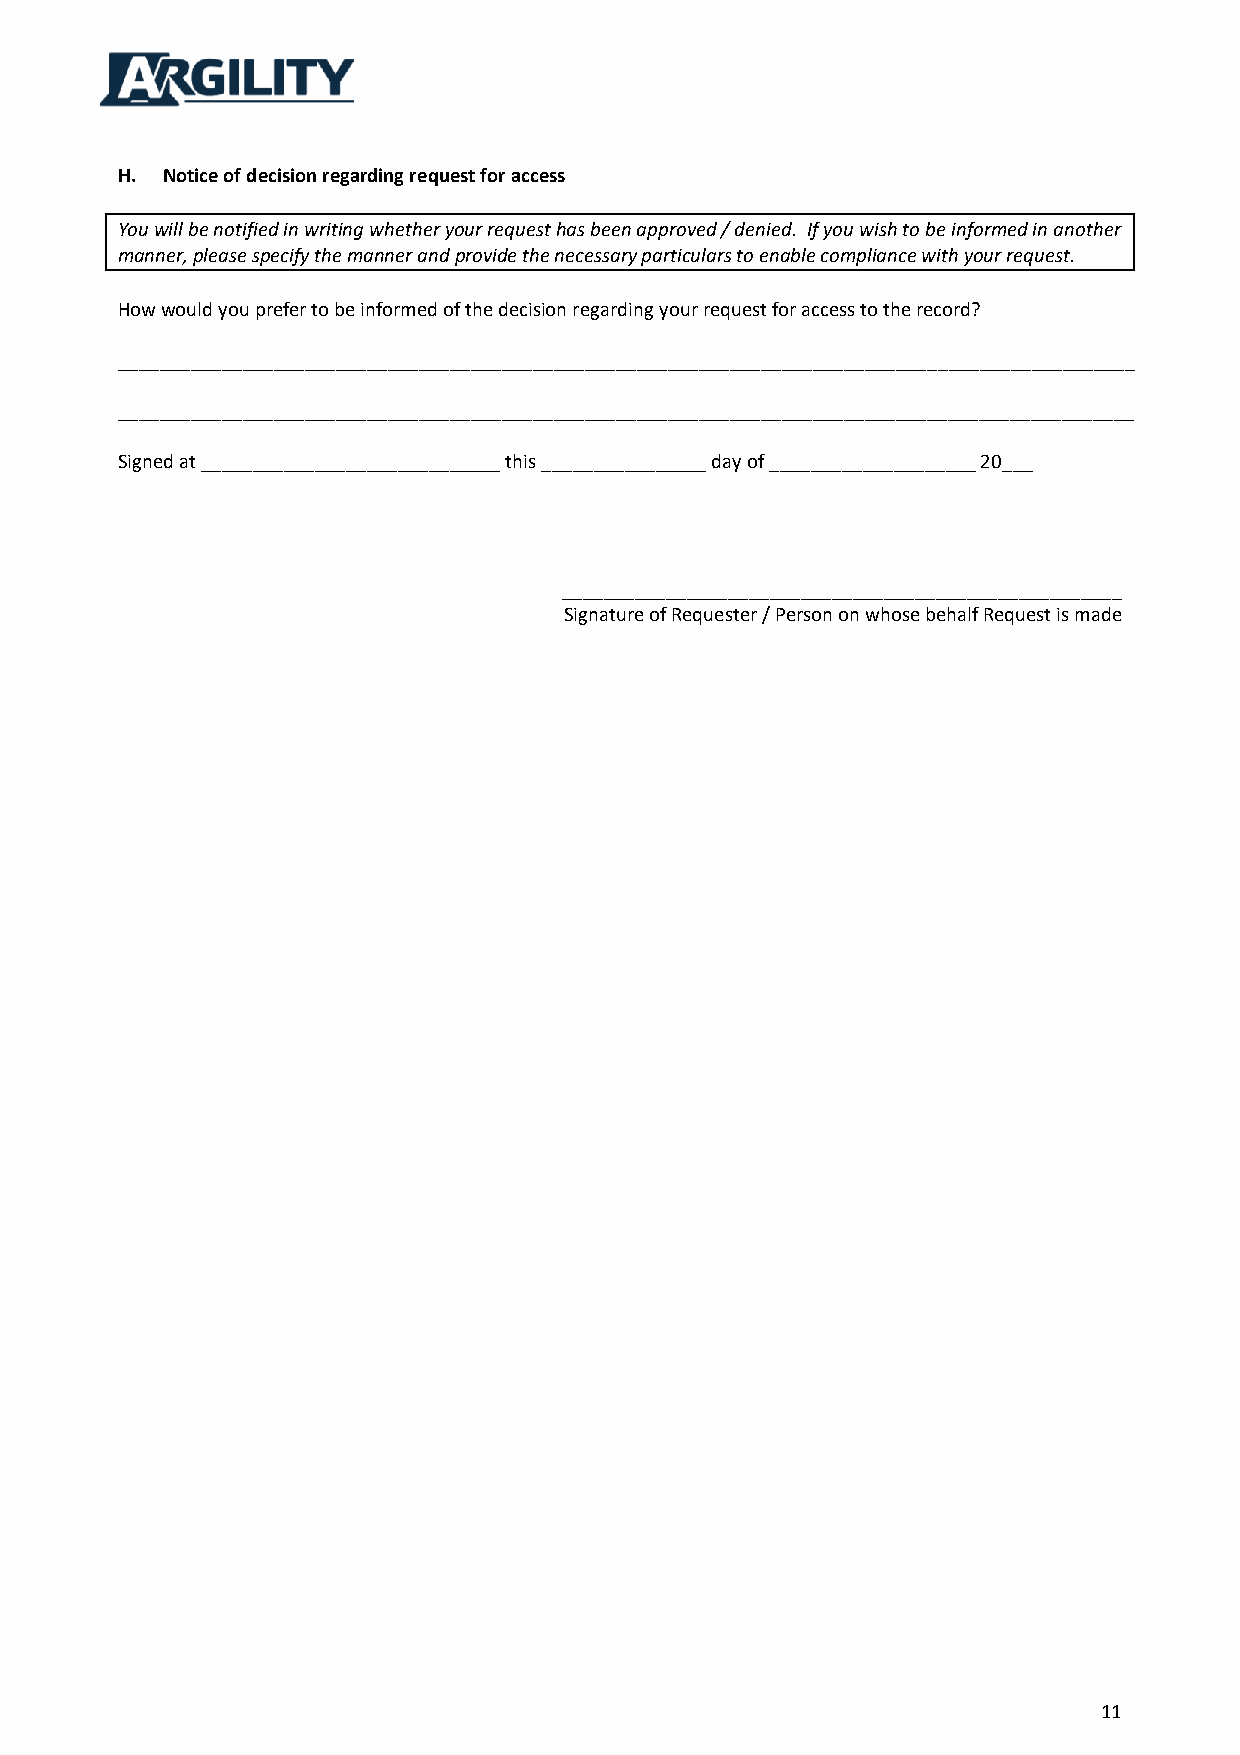
H. Notice of decision regarding request for access
 You will be notified in writing whether your request has been approved / denied. If you wish to be informed in another
 manner, please specify the manner and provide the necessary particulars to enable compliance with your request.
 How would you prefer to be informed of the decision regarding your request for access to the record?
 __________________________________________________________________________________________________
 __________________________________________________________________________________________________
 Signed at _____________________________ this ________________ day of ____________________ 20___
 ______________________________________________________
 Signature of Requester / Person on whose behalf Request is made
 11